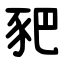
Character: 豝